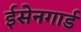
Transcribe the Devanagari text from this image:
ईसेनगार्ड